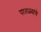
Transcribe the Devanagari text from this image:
पातळ्यांचे